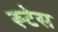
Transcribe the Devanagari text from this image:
रूटेस